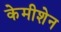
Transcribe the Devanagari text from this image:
केमीशेन